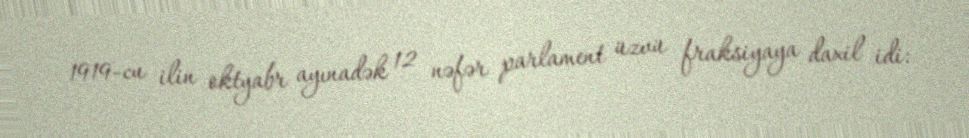
1919-cu ilin oktyabr ayınadək 12 nəfər parlament üzvü fraksiyaya daxil idi: